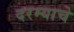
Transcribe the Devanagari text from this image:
दरम्याचे